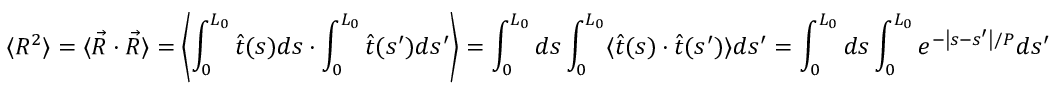
\langle R ^ { 2 } \rangle = \langle { \vec { R } } \cdot { \vec { R } } \rangle = \left\langle \int _ { 0 } ^ { L _ { 0 } } { \hat { t } } ( s ) d s \cdot \int _ { 0 } ^ { L _ { 0 } } { \hat { t } } ( s ^ { \prime } ) d s ^ { \prime } \right\rangle = \int _ { 0 } ^ { L _ { 0 } } d s \int _ { 0 } ^ { L _ { 0 } } \langle { \hat { t } } ( s ) \cdot { \hat { t } } ( s ^ { \prime } ) \rangle d s ^ { \prime } = \int _ { 0 } ^ { L _ { 0 } } d s \int _ { 0 } ^ { L _ { 0 } } e ^ { - \left| s - s ^ { \prime } \right| / P } d s ^ { \prime }